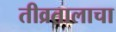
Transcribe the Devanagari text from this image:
तीव्रतालाचा